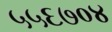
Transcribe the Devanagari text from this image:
५५६७०४